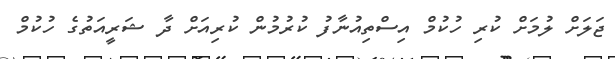
ޖަލަށް ލުމަށް ކުރި ހުކުމް އިސްތިއުނާފު ކުރުމުން ކުރިއަށް ދާ ޝަރީއަތުގެ ހުކުމް